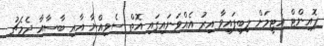
ޕޮއިންޓް އެޓީމަށް ލިބިފައިވާ އިރު އެއްވަނައިގައި އޮތް ސެވިއްޔާ އާއި ބާސާއާ ދެމެޗު